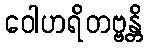
ဝေါဟရိတဗ္ဗန္တိ